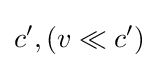
c',(v\ll c')